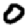
Digit: 0